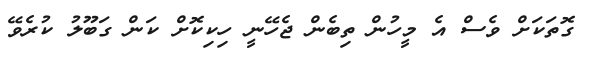
ގޮތަކަށް ވެސް އެ މީހުން ތިބެން ޖެހޭނީ ހިކިކޮށް ކަން ގަބޫލު ކުރެވޭ